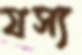
যস্য